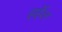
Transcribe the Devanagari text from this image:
हर्हेल